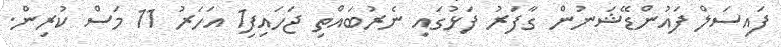
ފައިސަލް ފައުންޑޭޝަނުން ގާފަރު ފަޅުގައި ނެރުބައްތި ޖަހައިފި1 އަހަރު 11 މަސް ކުރިން.